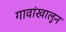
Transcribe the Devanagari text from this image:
गावांखालून